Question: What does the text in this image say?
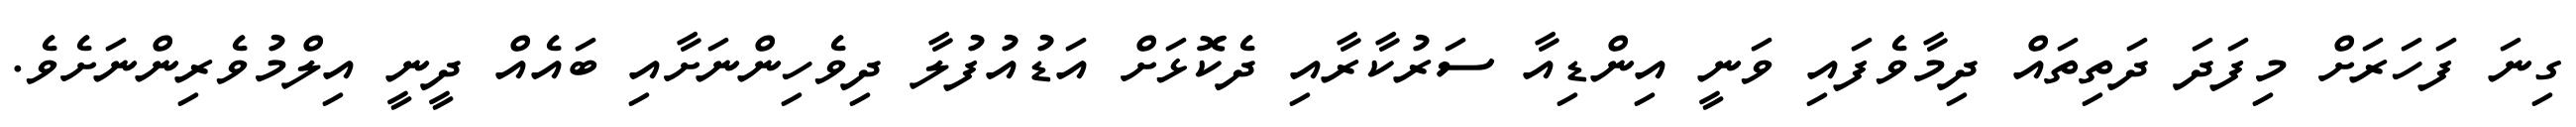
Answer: ގިނަ ފަހަރަށް މިފަދަ ދަތިތައް ދިމާވެފައި ވަނީ އިންޑިއާ ސަރުކާރާއި ދެކޮޅަށް އަޑުއުފުލާ ދިވެހިންނަށާއި ބައެއް ދީނީ އިލްމުވެރިންނަށެވެ.